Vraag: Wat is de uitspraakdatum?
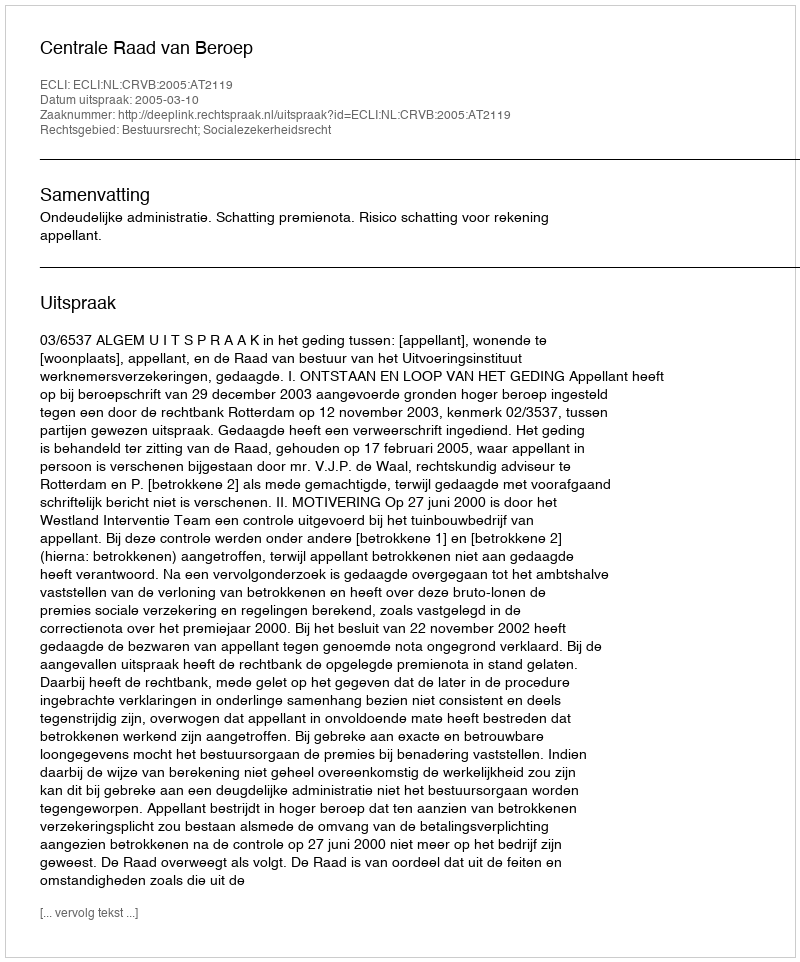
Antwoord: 2005-03-10